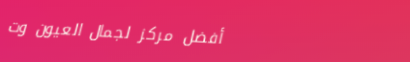
أفضل مركز لجمال العيون وت